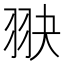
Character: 𦐍